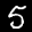
Label: 5